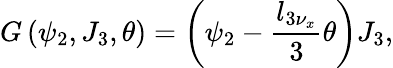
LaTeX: G\left(\psi_{2},J_{3},\theta\right)=\left(\psi_{2}-\frac{l_{3\nu_{x}}}{3}\theta\right)J_{3},